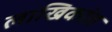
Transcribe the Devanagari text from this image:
लाखिकांत